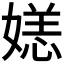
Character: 𫱛